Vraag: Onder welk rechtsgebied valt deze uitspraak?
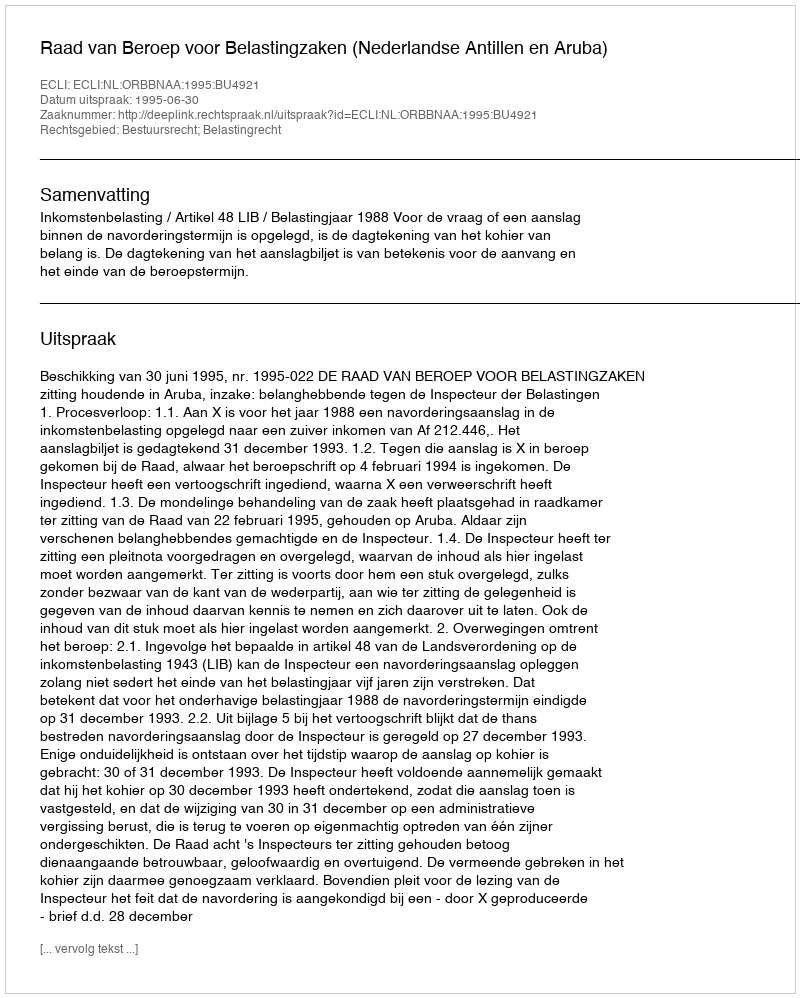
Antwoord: Bestuursrecht; Belastingrecht